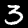
Digit: 3